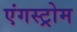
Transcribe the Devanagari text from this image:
एंगस्ट्रोम